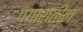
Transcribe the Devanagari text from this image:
पगारातील